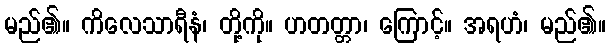
မည်၏။ ကိလေသာရီနံ၊ တို့ကို။ ဟတတ္တာ၊ ကြောင့်။ အရဟံ၊ မည်၏။